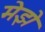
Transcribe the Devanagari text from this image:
मेझे